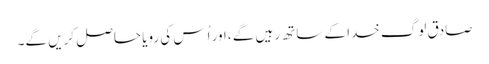
صادق لوگ خدا کے ساتھ رہیں گے ،اور اُس کی رویا حاصل کریں گے۔